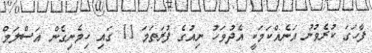
ފާހަގަ ކުރެވުނު އަނެއްކަމަކީ އެދުވަހު ނިއުގެ ފުރަތަމަ 11 ގައި ހިމެނިގެން އަސްލަމް